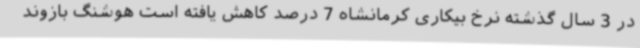
در 3 سال گذشته نرخ بیکاری کرمانشاه 7 درصد کاهش یافته است هوشنگ بازوند